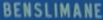
BENSILIMANE